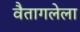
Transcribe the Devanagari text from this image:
वैतागलेला